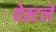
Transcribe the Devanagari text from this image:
वेस्टले